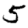
Digit: 5